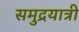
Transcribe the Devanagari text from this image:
समुद्रयात्री